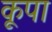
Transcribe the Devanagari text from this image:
कूपा